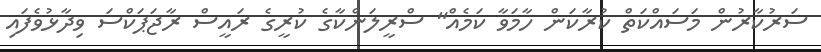
ސަރުކާރުން މަސައްކަތް ކުރާކަން ހާމަވާ ކަމެއް" ސްރީލަންކާގެ ކުރީގެ ރައީސް ރާޖަޕަކްސަ ވިދާޅުވެފައި